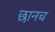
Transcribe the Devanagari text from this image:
छानच